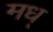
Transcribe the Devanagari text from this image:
मध्